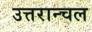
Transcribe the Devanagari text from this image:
उत्तरान्चल